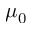
\mu _ { 0 }